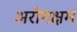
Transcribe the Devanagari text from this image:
अरोगक्षम